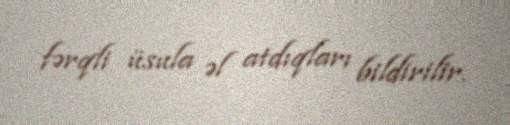
fərqli üsula əl atdıqları bildirilir.